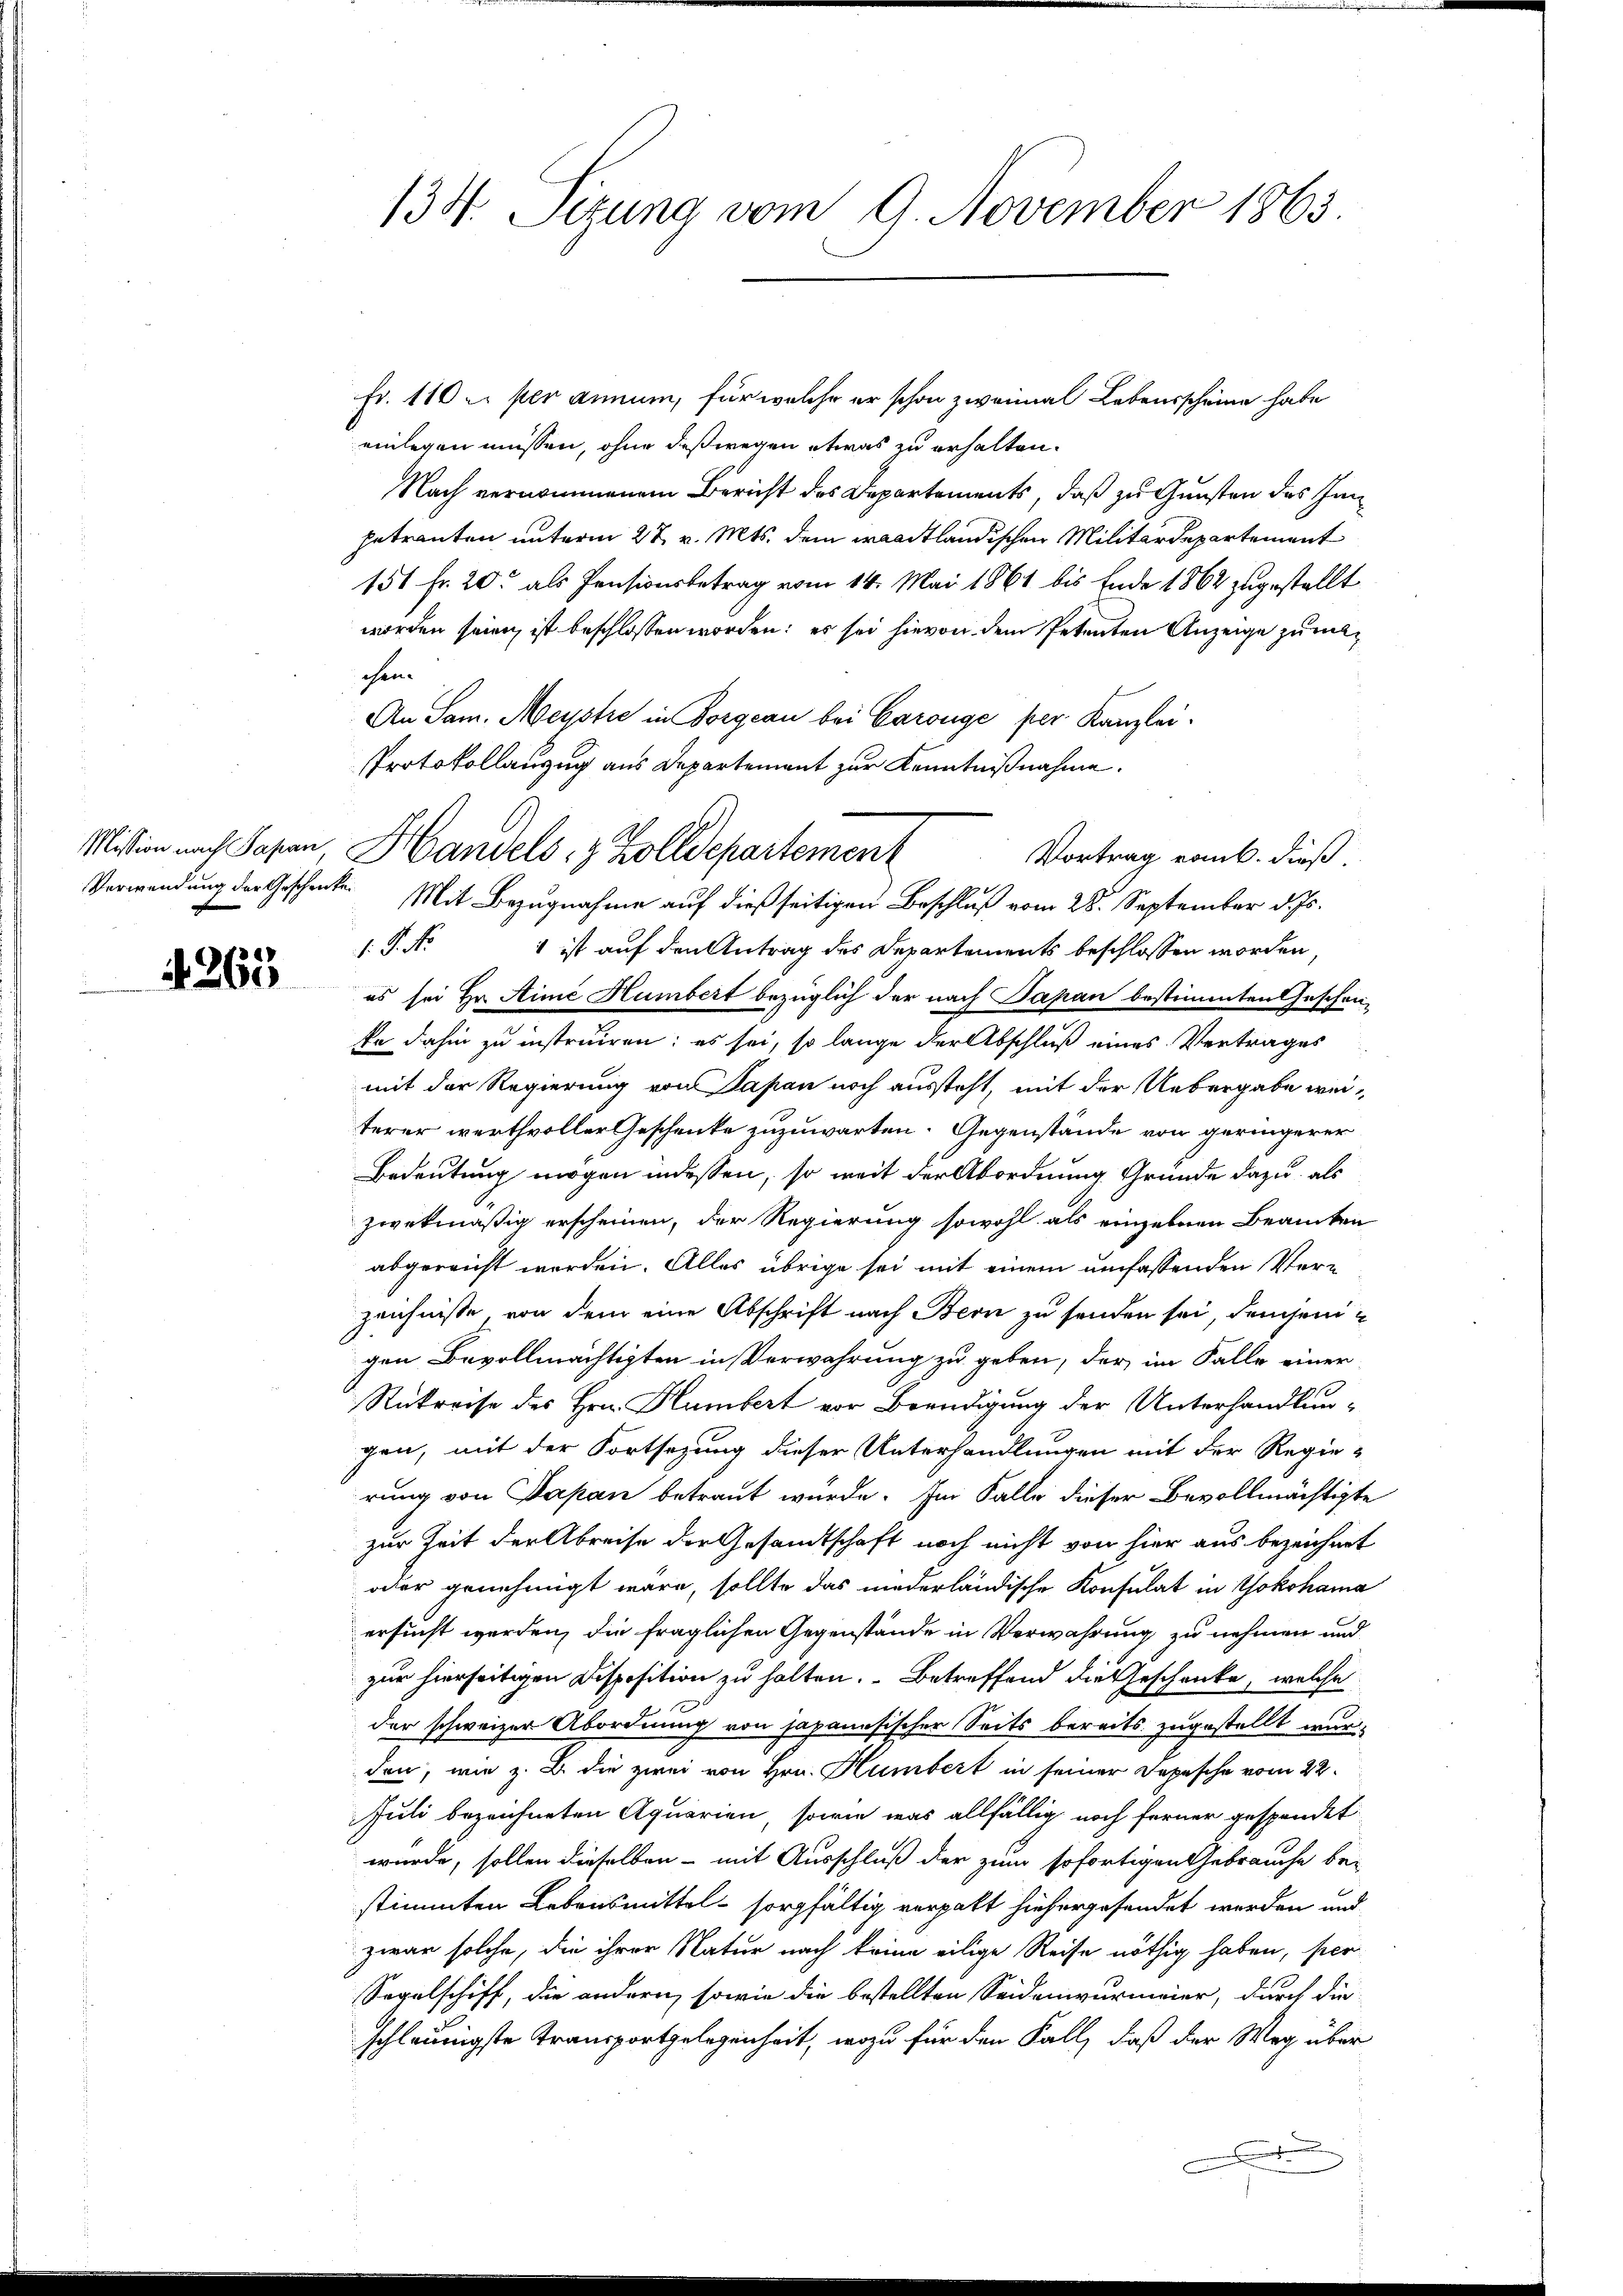
Verwendung der Geschenke

§ 263

134. Sitzung vom 9. November 1863

Fr. 110 u. per annum, für welche er schon zweimal Lebensscheine habe
einlegen müssen, ohne deßwegen etwas zu erhalten.
Nach vernommenem Bericht des Departements, daß zu Gunsten des Inngetrauten unterm 27. v. Mts. dem waadtländischen Militärdepartement
151 Fr. 20. als Pensionsbetrag vom 14. Mai 1861 bis Ende 1862 zugestellt
worden seien ist beschlossen worden; es sei hievon dem Petenten Anzeige zu machen.
An Sam. Meystre in Borgcan bei Carouge per Kanzlei.
Protokollanzug aus Departement zur Kenntnißnahme.
Vortrag vom k. dieß.
 Mit Bezugnahme auf dießseitigen Beschluß vom 28. September d. Js.
.P. Nr.
1 ist auf den Antrag des Departements beschlossen worden
es sei Hr. Aime Humbert bezüglich der nach Papan bestimmten Geschenke dahin zu instruiren; es sei, so lange der Abschluß eines Vertrages
mit der Regierung von Papan noch aussteht, mit der Uebergabe weiterer werthvoller Geschenke zuzuwarten. Gegenstände von geringerer
Bedeutung mögen indessen, so weit der Abordnung Grunde dazu, als
zwekmäßig erscheinen, der Regierung sowohl als einzelnen Beamten
abgereicht werden. Alles übrige sei mit einem umfassenden Verzeichnisse von dem eine Abschrift nach Bern zu senden sei demjenigen Bevollmächtigten in Verwahrung zu geben, der im Falle einer
Rükreise des Hrn. Humbert vor Beendigung der Unterhandlun-
gen, mit der Fortsezung dieser Unterhandlungen mit der Regierung von Papan betraut wurde. Im Falle dieser Bevollmächtigte
zur Zeit der Abreise der Gesandtschaft noch nicht von hier aus bezeichnet
oder genehmigt wäre, sollte das niederländische Konsulat in Yokohama
ersucht werden, die fraglichen Gegenstände in Verwahrung zu nehmen und
zur hierseitigen Disposition zu halten. Betreffend die Geschenke, welche
der schweizer Abordnung von Japanesischer Seits bereits zugestellt wurden, wie z. B. die zwei von Hrn. Humbert in seiner Depesche vom 22.
Juli bezeichneten Aquarien, sowie was allfällig noch ferner gespendet.
wurde, sollen dieselben - mit Ausschluß der zum sofortigen Gebrauche be-
stimmten Lebensmittel sorgfältig vergabt hiehergesendet werden und
zwar solche, die ihrer Natur nach keine eilige Reise nöthig haben, per¬
Sepelschiff, die andern, sowie die bestellten Seidenwurmeier, durch die
schleunigste Transportgelegenheit, wozu für den Fall, daß der Weg über
e

Mission nach Japan, Handels- & Zolldepartement